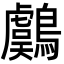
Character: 鸆